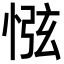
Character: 惤